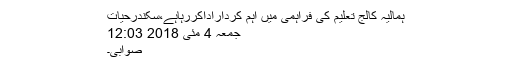
ہمالیہ کالج تعلیم کی فراہمی میں اہم کرداراداکررہاہے،سکندرحیات
جمعہ 4 مئی 2018 12:03
صوابی۔